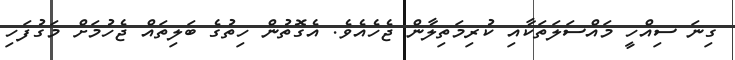
ގިނަ ސިއްހީ މައްސަލަތަކާއި ކުރިމަތިލާން ޖެހެއެވެ. އެގޮތުން ހިތުގެ ބަލިތައް ޖެހުމަށް މަގުފަހި